Annual statistical returns and brief notes on vaccination in Bengal - 1887-1898
Year: 1887
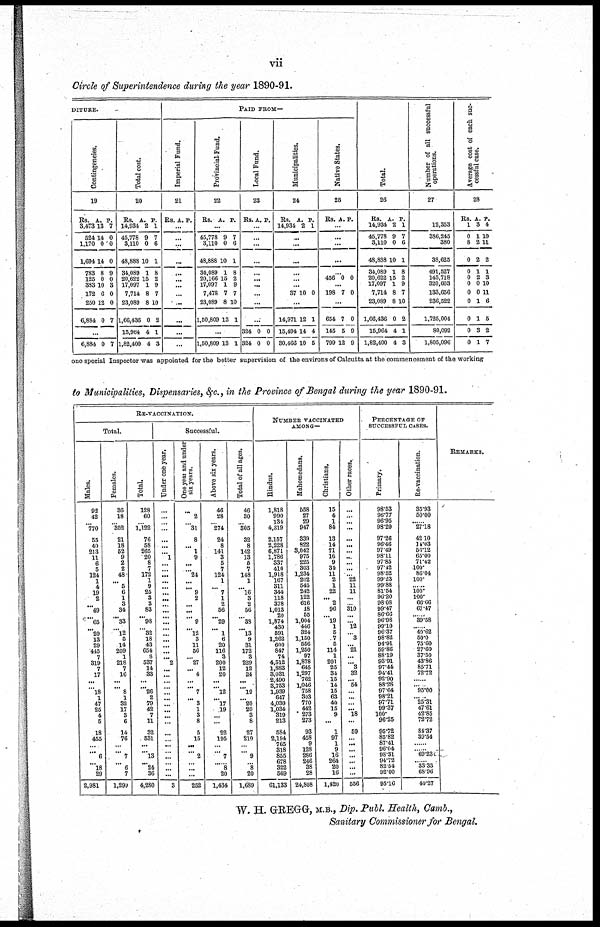
vii
Circle of Superintendence during the year 1890-91.
DITURE.
Contingencies.
19
Rs.
3,473
524
1,170
1,694
783
125
333
172
250
6,884
A.
13
14
0
14
8
0
10
6
12
0
P.
7
0
0
0
9
0
3
0
0
7
...
6,884 0 7
Total cost.
20
Rs.
14,934
45,778
3,110
48,888
34,089
20,622
17,097
7,714
23,089
1,66,436
15,964
1,82,400
A.
2
9
0
10
1
15
1
8
8
0
4
4
P.
1
7
6
1
8
2
9
7
10
2
1
3
PAID FROM—
Imperial Fund.
21
Rs. A. P.
...
...
...
...
...
... ...
...
...
...
...
...
Provincial Fund.
22
Rs. A. P.
...
45,778
3,110
48,888
34,089
20,166
17,097
7,478
23,089
1,50,809
9
0
10
1
15
1
7
8
13
7
6
1
8
2
9
7
10
1
...
1,50,809 13 1
Local Fund.
23
Rs. A. P.
...
...
...
...
...
...
...
...
...
...
324
324
0
0
0
0
Municipalities.
24
Rs.
14,934
A.
2
P.
1
...
...
...
...
... ...
37 10 0
...
14,971
15,494
30,468
12
14
10
1
4
5
Native States.
25
Rs. A. P.
...
...
...
...
...
456 0 0
...
198 7 0
...
654
145
799
7
5
12
0
9
9
Total.
26
Rs.
14,934
45,778
3,110
48,888
34,089
20,622
17,097
7,714
23,089
1,66,436
15,964
1,82,400
A.
2
9
0
10
1
15
1
8
8
0
4
4
P.
1
7
6
1
8
2
9
7
10
2
1
3
Number of all successful
operations.
27
12,353
386,245
380
38,625
491,527
143,718
320,603
133,656
236,522
1,725,004
80,092
1,805,096
Average cost of each suc-
cessful case.
28
Rs.
1
0
8
0
0
0
0
0
0
0
0
0
A.
3
1
2
2
1
2
0
0
1
1
3
1
P.
4
10
11
2
1
3
10
11
6
5
2
7
one special Inspector was appointed for the better supervision of the environs of Calcutta at the commencement of the working
to Municipalities, Dispensaries, &c., in the Province of Bengal during the year 1890-91.
RE-VACCINATION.
Total.
Males.
92
42
...
770
55
40
213
11
6
5
124
1
4
19
2
... 49
... 65
... 20
13
29
445
7
319
7
17
... ... 18
1
47
25
4
5
18
...
... ... 6
... 18
29
2,981
Females.
36
18
... 352
21
18
52
9
2
2
48
... 5
6
1
3
34
... 33
... 12
5
14
209
1
218
7
16
... ... 8
1
32
17
3
6
14
76
...
... 7
... 6
7
1,299
Total.
128
60
... 1,122
76
58
265
20
8
7
172
1
9
25
3
3
83
... 98
... 32
18
43
654
8
537
14
33
...
... 26
2
79
42
7
11
32
531
...
... 13
... 24
36
4,280
Successful.
Under one year.
...
...
...
...
...
...
... 1
...
...
...
...
...
...
...
...
...
...
...
...
...
...
...
...
...
2
...
...
...
...
...
...
...
...
...
...
...
...
...
...
...
... ...
...
3
One year and under
six years.
...
2
... 31
8
... 1
9
...
... 24
...
... 9
2
... ...
... 9
... 12
3
11
56
... 27
... 4
... ... 7
... 3
1
3
8
5
15
...
... 2
... ...
...
252
Above six years.
46
28
...
274
24
8
141
3
5
7
124
1
... 7
1
2
56
... 29
... 1
6
20
116
3
200
12
20
...
... 12
... 17
19
... ...
22
195
...
... 7
... 8
20
1,434
Total of all ages.
46
30
...
305
32
8
142
13
5
7
148
1
... 16
3
2
56
... 33
... 13
9
31
172
3
229
12
24
...
... 19
... 20
20
3
8
27
210
...
... 9
... 8
20
1,689
NUMBER VACCINATED
AMONG—
Hindus.
1,818
990
134
4,319
2,157
2,228
6,871
1,786
337
410
1,918
167
311
344
118
378
1,013
20
1,874
430
591
1,262
600
847
74
4,512
1,883
3,031
2,490
3,753
1,939
647
4,030
1,034
319
213
584
2,194
765
318
855
678
322
569
61,133
Mahotnedans.
558
27
29
947
339
822
3,042
975
225
303
1,234
202
545
242
122
616
18
55
1,004
446
324
1,150
556
1,250
97
1,878
645
1,297
762
1,046
758
303
770
442
273
273
93
458
9
128
286
246
38
28
24,808
Christians.
15
4
1
84
13
14
71
16
9
34
11
2
1
22
... 2
96
... 19
1
5
7
5
114
1
201
25
34
15
14
15
63
40
15
9
...
1
97
1
9
16
264
20
16
1,420
Other races.
...
...
...
...
...
...
...
...
...
...
... 22
11
11
...
... 310
...
... 12
... 3
... 21
...
... 3
32
... 54
...
...
...
... 18
...
59
...
...
...
...
...
...
...
556
PERCENTAGE OF
SUCCESSFUL CASES.
Primary.
98.53
96.77
96.95
98.20
97.26
96.46
97.49
98.11
97.85
97.42
98.52
99.23
99.88
81.54
96.20
98.08
99.47
86.66
96.98
99.10
96.37
98.82
94.91
59.86
88.19
93.91
97.44
94.41
92.90
88.28
97.64
98.21
97.71
99.37
100.
96.25
95.72
85.82
87.41
96.04
98.31
94.72
82.54
92.00
95.16
Re-vaccination.
35.93
50.00
...... 27.18
42.10
14.03
56.12
65.00
71.42
100.
86.04
100.
....... 100.
100.
66.66
67.47
...... 39.58
...... 40.62
50.0
75.60
27.60
37.50
43.86
85.71
72.72
......
...... 95.00
...... 25.31
47.61
42.85
72.72
84.37
39.54
......
...... 69.23
...... 33.33
68.96
40.27
REMARKS.
W. H. GREGG, M.B., Dip. Publ. Health, Camb.,
Sanitary Commissioner for Bengal.